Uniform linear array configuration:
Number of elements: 16
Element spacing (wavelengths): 1
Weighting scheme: hann
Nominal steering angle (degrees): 30
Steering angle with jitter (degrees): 31.324
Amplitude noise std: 0.05
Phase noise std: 0.05

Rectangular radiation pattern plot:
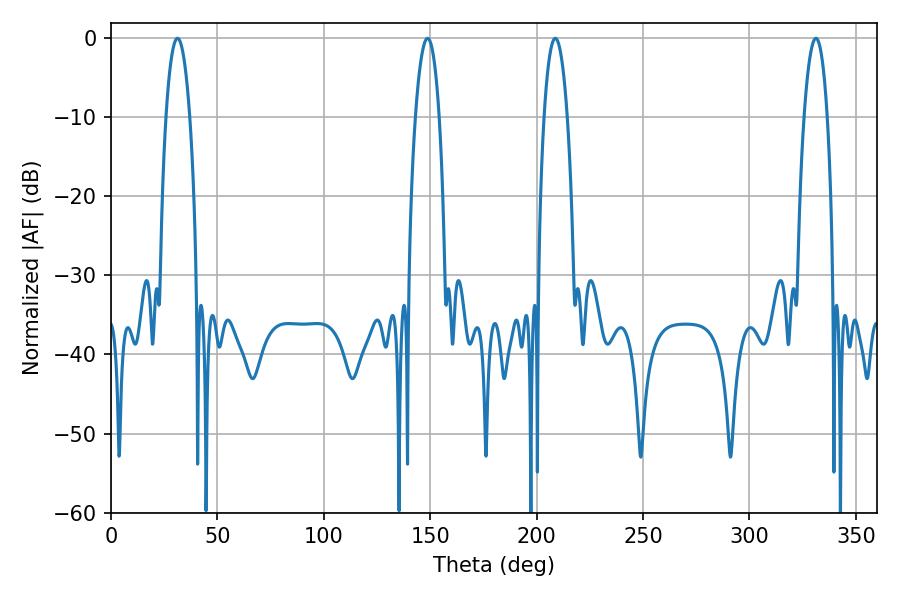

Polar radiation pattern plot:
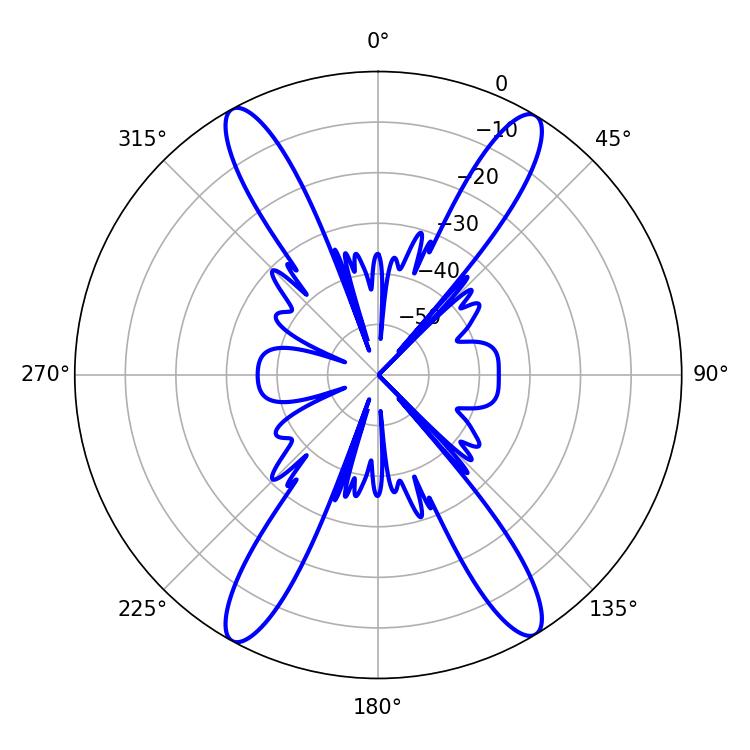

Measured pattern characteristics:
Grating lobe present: TRUE
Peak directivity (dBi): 22.421
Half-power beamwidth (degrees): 6.12
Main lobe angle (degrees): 208.8